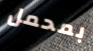
بمحمل